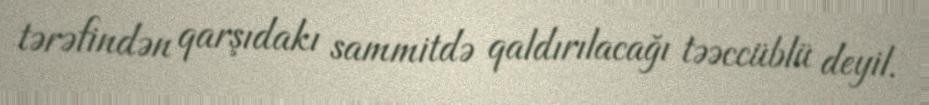
tərəfindən qarşıdakı sammitdə qaldırılacağı təəccüblü deyil.